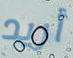
أريد